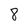
Character: 8